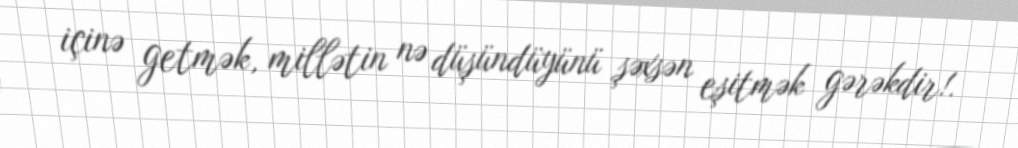
içinə getmək, millətin nə düşündüyünü şəxsən eşitmək gərəkdir!.